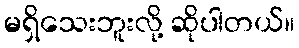
မရှိသေးဘူးလို့ ဆိုပါတယ်။